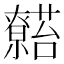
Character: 𬟖